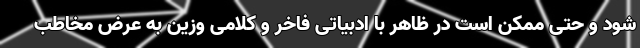
شود و حتی ممکن است در ظاهر با ادبیاتی فاخر و کلامی وزین به عرض مخاطب